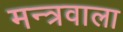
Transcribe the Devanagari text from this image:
मन्त्रवाला